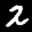
Label: 2